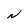
Character: N